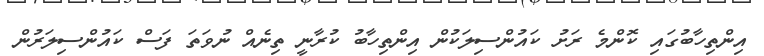
އިންތިހާބުގައި ކޮންމެ ރަށު ކައުންސިލަކުން އިންތިހާބު ކުރާނީ ތިނެއް ނުވަތަ ފަސް ކައުންސިލަރުން